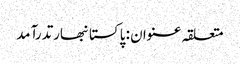
متعلقہ عنوان : پاکستانبھارتدرآمد